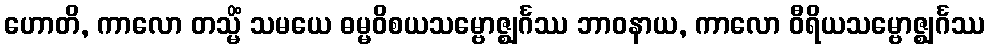
ဟောတိ, ကာလော တသ္မိံ သမယေ ဓမ္မဝိစယသမ္ဗောဇ္ဈင်္ဂဿ ဘာဝနာယ, ကာလော ဝီရိယသမ္ဗောဇ္ဈင်္ဂဿ